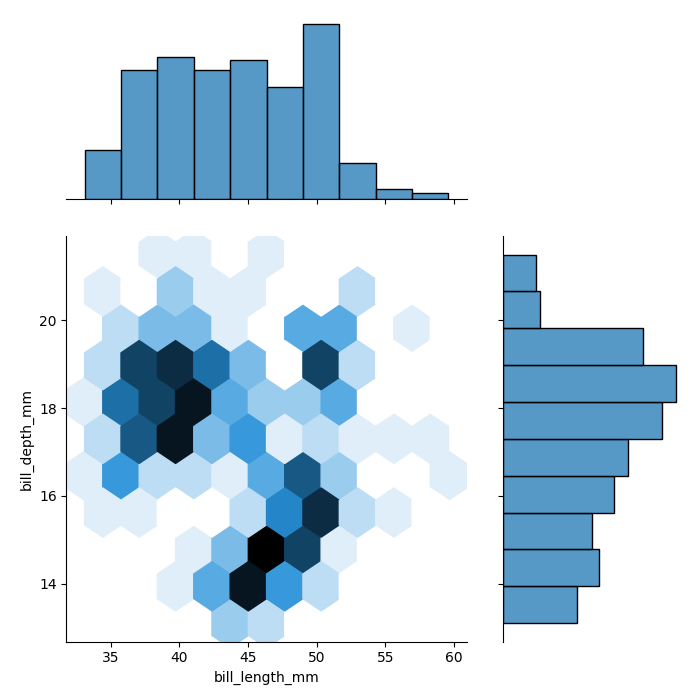
python, seaborn, jointplot, kind='hex', height='7', ratio='2', marginal_ticks='False'